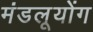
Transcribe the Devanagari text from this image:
मंडलूयोंग